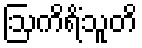
ဩကိရိံသူတိ